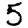
Digit: 5